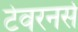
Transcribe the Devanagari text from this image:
टेवरनर्स